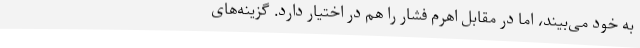
به خود می‌بیند، اما در مقابل اهرم فشار را هم در اختیار دارد. گزینه‌های